Annual administration and progress report of the Indian Medical Department, Bombay
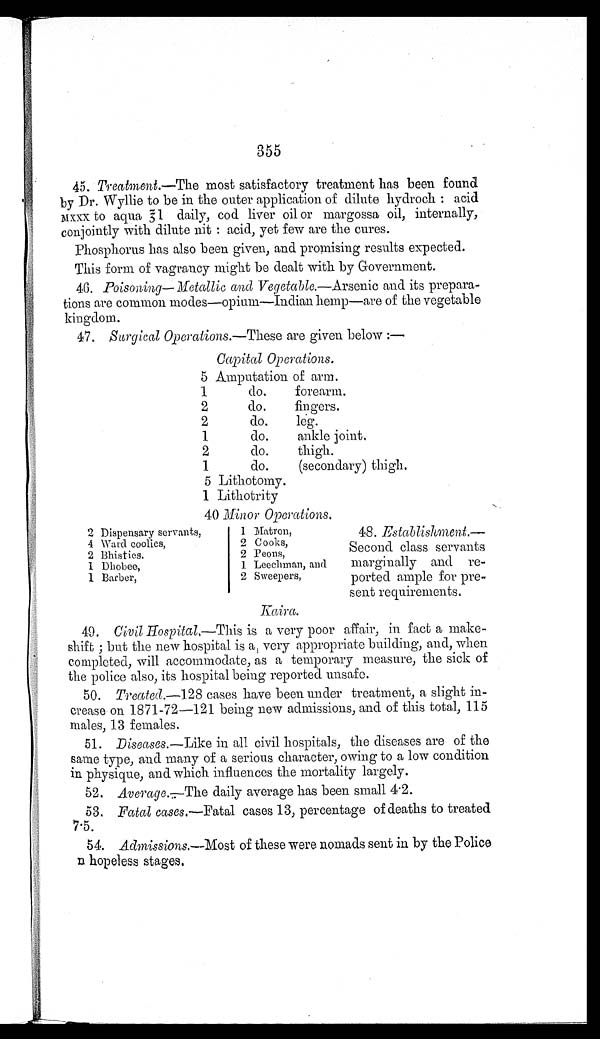
355
45. Treatment.—The most satisfactory treatment has been found
by Dr. Wyllie to be in the outer application of dilute hydroch: acid
M X X X t o a q u a 3 1 d a i l y , c o d l i v e r o i l o r m a r g o s s a o i l , i n t e r n a l l y ,
conjointly with dilute nit: acid, yet few are the cures.
Phosphorus has also been given, and promising results expected.
This form of vagrancy might be dealt with by Government.
46. Poisoning—Metallic and Vegetable.—Arsenic and its prepara
-tions are common modes—opium—Indian hemp—are of the vegetable
kingdom.
47. Surgical Operations.—These are given below
:—
Capital Operations.
5 Amputation of arm.
1 do. forearm.
2
do. fingers.
2 do. leg.
1 do. ankle joint.
2 do. thigh.
1
do. (secondary) thigh.
5 Lithotomy.
1 Lithotrity
40 Minor Operations.
2 Dispensary servants,
1 Matron,
4 Ward coolies,
2 Cooks,
2 Bhisties.
2 Peons,
1 Dhobee,
1 Leechman, and
1 Barber,
2 Sweepers,
48. Establishment.—
Second class servants
marginally and re
-ported ample for pre
-sent requirements
.
Kaira
49. Civil Hospital.—This is a very poor affair, in fact a make
-shift; but the new hospital is a very appropriate building, and, when
completed, will accommodate, as a temporary measure, the sick of
the police also, its hospital being reported unsafe.
50. Treated.—128 cases have been under treatment, a slight in
-crease on 1871-72—121 being new admissions, and of this total, 115
males, 13 females.
51. Diseases.—Like in all civil hospitals, the diseases are of the
same type, and many of a serious character, owing to a low condition
in physique, and which influences the mortality largely.
52. Average.—The daily average has been small 4.2.
53. Fatal cases.—Fatal cases 13, percentage of deaths to treated
7.5.
54. Admissions.—Most of these were nomads sent in by the Police
n hopeless stages.